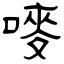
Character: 嘜